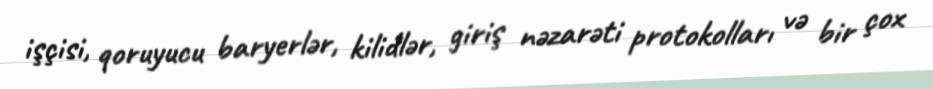
işçisi, qoruyucu baryerlər, kilidlər, giriş nəzarəti protokolları və bir çox